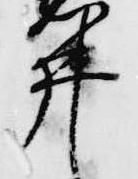
井